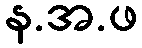
န.အ.ဖ